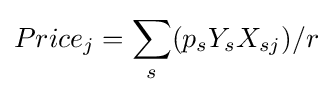
Price_{j}=\sum _{s}(p_{s}Y_{s}X_{sj})/r